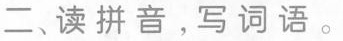
二、读拼音，写词语。